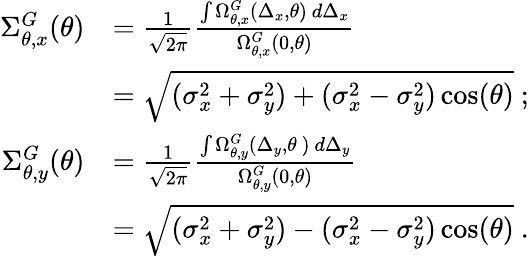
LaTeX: \begin{array}{rl}{\Sigma_{\theta,x}^{G}(\theta)}&{=\frac{1}{\sqrt{2\pi}}\frac{\int\Omega_{\theta,x}^{G}(\Delta_{x},\theta)\ d\Delta_{x}}{\Omega_{\theta,x}^{G}(0,\theta)}}\\ &{=\sqrt{(\sigma_{x}^{2}+\sigma_{y}^{2})+(\sigma_{x}^{2}-\sigma_{y}^{2})\cos(\theta)}\ ;}\\ {\Sigma_{\theta,y}^{G}(\theta)}&{=\frac{1}{\sqrt{2\pi}}\frac{\int\Omega_{\theta,y}^{G}(\Delta_{y},\theta\ )\ d\Delta_{y}}{\Omega_{\theta,y}^{G}(0,\theta)}}\\ &{=\sqrt{(\sigma_{x}^{2}+\sigma_{y}^{2})-(\sigma_{x}^{2}-\sigma_{y}^{2})\cos(\theta)}\ .}\end{array}